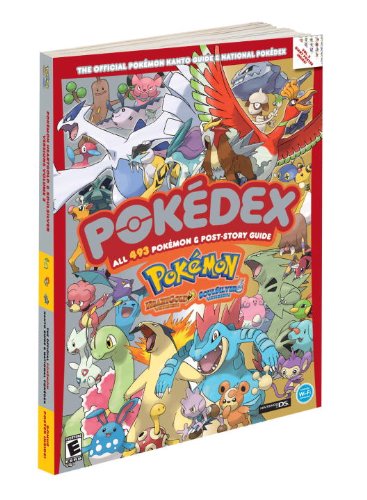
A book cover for Pokemon HeartGold & SoulSilver The Official Pokemon Kanto Guide National Pokedex: Official Strategy Guide (Prima Official Game Guides: PokÃ©mon); The Pokemon Company Intl.; Humor & Entertainment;